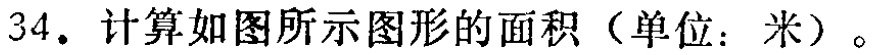
34. 计算如图所示图形的面积（单位：米）。